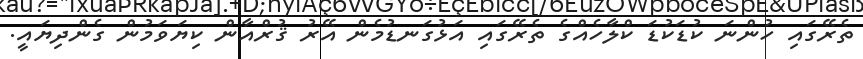
ތެރޭގައި ހުންނަ ކުޑަކުޑަ ކްލާހެއްގެ ތެރޭގައި އަޅުގަނޑުމެން އޭރު ޤުރްއާން ކިޔަވަމުން ގެންދިޔައީ.